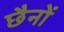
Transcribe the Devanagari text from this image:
छैनों